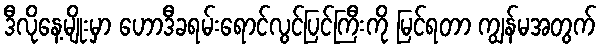
ဒီလိုနေ့မျိုးမှာ ဟောဒီခရမ်းရောင်လွင်ပြင်ကြီးကို မြင်ရတာ ကျွန်မအတွက်